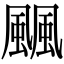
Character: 䬕